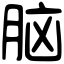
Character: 脑